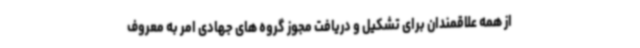
از همه علاقمندان برای تشکیل و دریافت مجوز گروه های جهادی امر به معروف